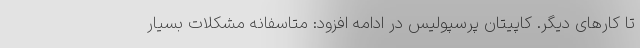
تا کارهای دیگر. کاپیتان پرسپولیس در ادامه افزود: متاسفانه مشکلات بسیار